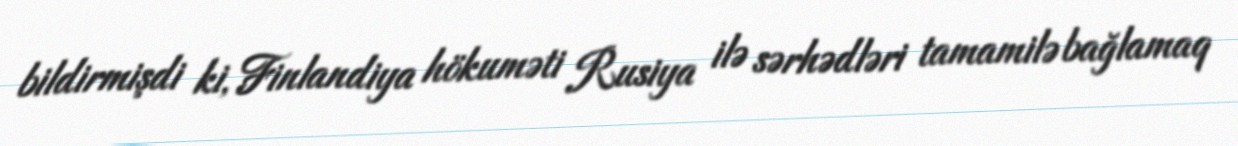
bildirmişdi ki, Finlandiya hökuməti Rusiya ilə sərhədləri tamamilə bağlamaq